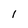
Character: 1